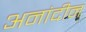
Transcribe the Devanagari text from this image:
अनांदीन